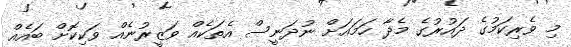
މި ވެރިކަމުގެ ދައުރުގެ މެދާ ހަމައަށް ނުދަނީސް އެތަކެއް ވަޒީރުނެއް ވަކިކޮށް ބައެއް